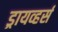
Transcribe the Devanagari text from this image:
ड्रायव्हर्स